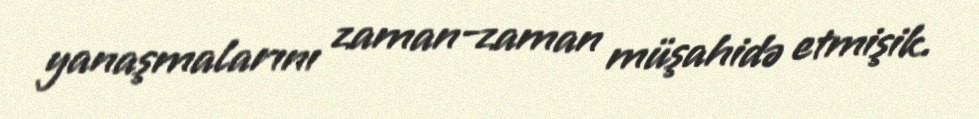
yanaşmalarını zaman-zaman müşahidə etmişik.